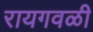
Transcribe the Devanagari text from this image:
रायगवळी